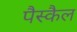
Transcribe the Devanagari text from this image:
पैस्कैल